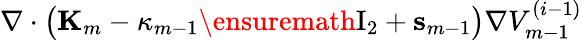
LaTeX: \nabla\cdot\bigl(\mathbf{K}_{m}-\kappa_{m-1}\ensuremath{\mathrm{I}_{2}}+\mathbf{s}_{m-1}\bigr)\nabla V_{m-1}^{(i-1)}